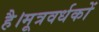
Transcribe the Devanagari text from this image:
है।मूत्रवर्धकों